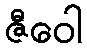
ဇီဝေါ